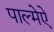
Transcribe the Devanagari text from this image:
पाल्मेऐ